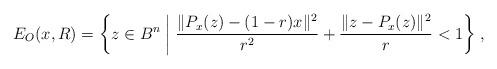
LaTeX: \begin{align*}E_O(x,R)=\biggl\{z\in B^n \biggm| \frac{\|P_x(z)-(1-r)x\|^2}{r^2}+\frac{\|z-P_x(z)\|^2}{r}<1\biggr\}\;,\end{align*}